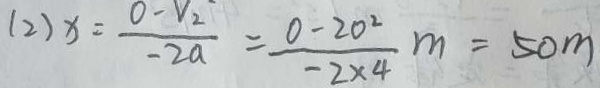
( 2 ) x = \frac { 0 - V _ { 2 } } { - 2 a } = \frac { 0 - 2 0 ^ { 2 } } { - 2 \times 4 } m = 5 0 m